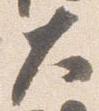
大